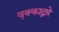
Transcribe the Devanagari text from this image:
वृक्काद्वारे